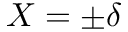
X = \pm \delta